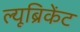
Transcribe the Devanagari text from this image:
ल्यूब्रिकेंट